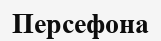
Персефона